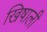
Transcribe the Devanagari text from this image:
खिषाली